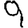
Digit: 9